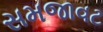
સમજાવટ